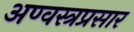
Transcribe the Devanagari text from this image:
अण्वस्त्रप्रसार